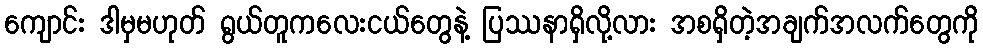
ကျောင်း ဒါမှမဟုတ် ရွယ်တူကလေးငယ်တွေနဲ့ ပြဿနာရှိလို့လား အစရှိတဲ့အချက်အလက်တွေကို